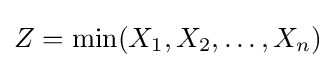
Z=\min(X_{1},X_{2},\ldots ,X_{n})